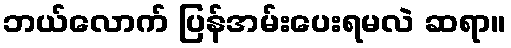
ဘယ်လောက် ပြန်အမ်းပေးရမလဲ ဆရာ။